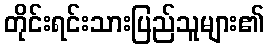
တိုင်းရင်းသားပြည်သူများ၏